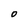
Character: O